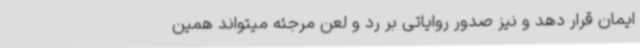
ایمان قرار دهد ‌و نیز صدور روایاتی بر رد و لعن مرجئه میتواند همین